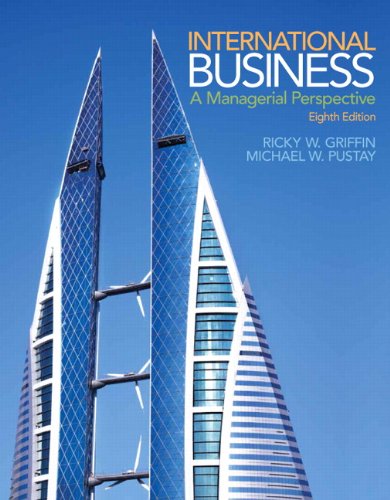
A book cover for International Business: A Managerial Perspective (8th Edition); Ricky W. Griffin; Business & Money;